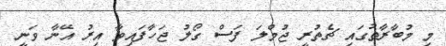
މި މުބާރާތުގައި ޗެތުރީ ޖުމްލަ ފަސް ގޯލު ޖަހާފައިވާ އިރު އޭނާ ވަނީ